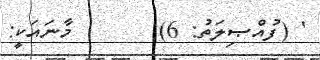
' (ފުއްޞިލަތު: 6)       މާނައަކީ: